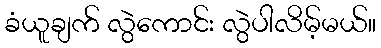
ခံယူချက် လွဲကောင်း လွဲပါလိမ့်မယ်။